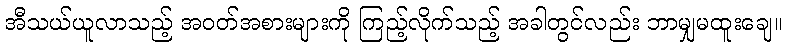
အီသယ်ယူလာသည့် အဝတ်အစားများကို ကြည့်လိုက်သည့် အခါတွင်လည်း ဘာမျှမထူးချေ။